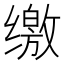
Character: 缴